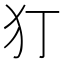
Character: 𭷸